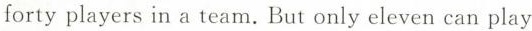
forty players in a team. But only eleven can play